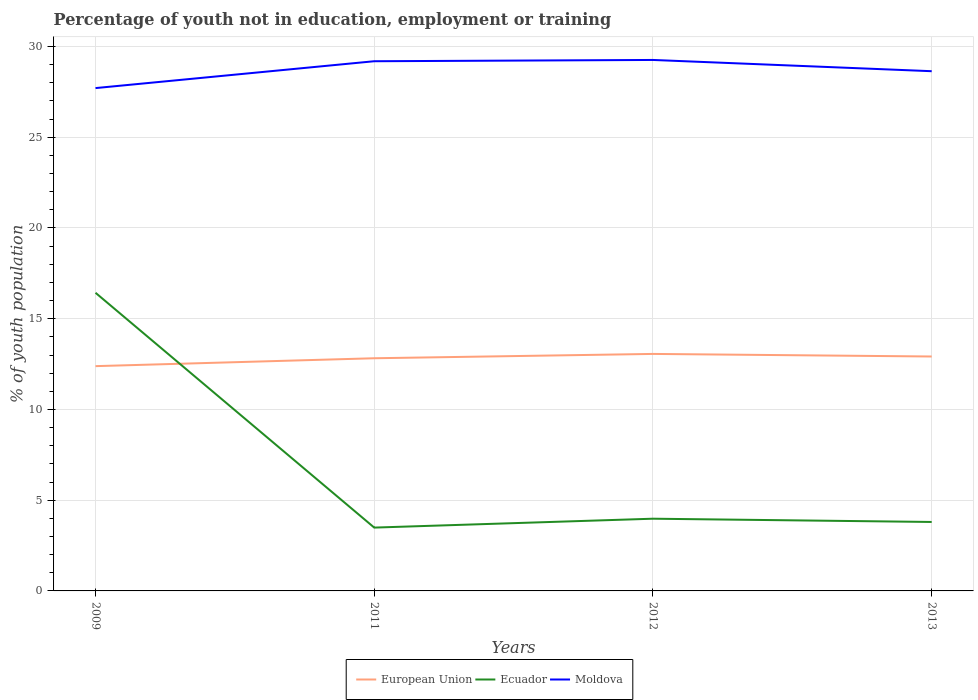
| Years | European Union | Ecuador | Moldova |
 | --- | --- | --- | --- |
 | 2009 | 12.4 | 16.4 | 27.7 |
 | 2011 | 12.8 | 3.49 | 29.2 |
 | 2012 | 13.1 | 3.98 | 29.3 |
 | 2013 | 12.9 | 3.8 | 28.6 |